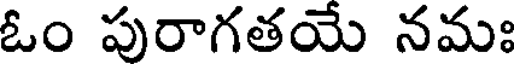
ఓం పురాగతయే నమః